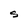
Character: S